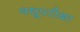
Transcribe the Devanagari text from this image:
वधूपरीक्षा